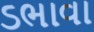
ડભાવા